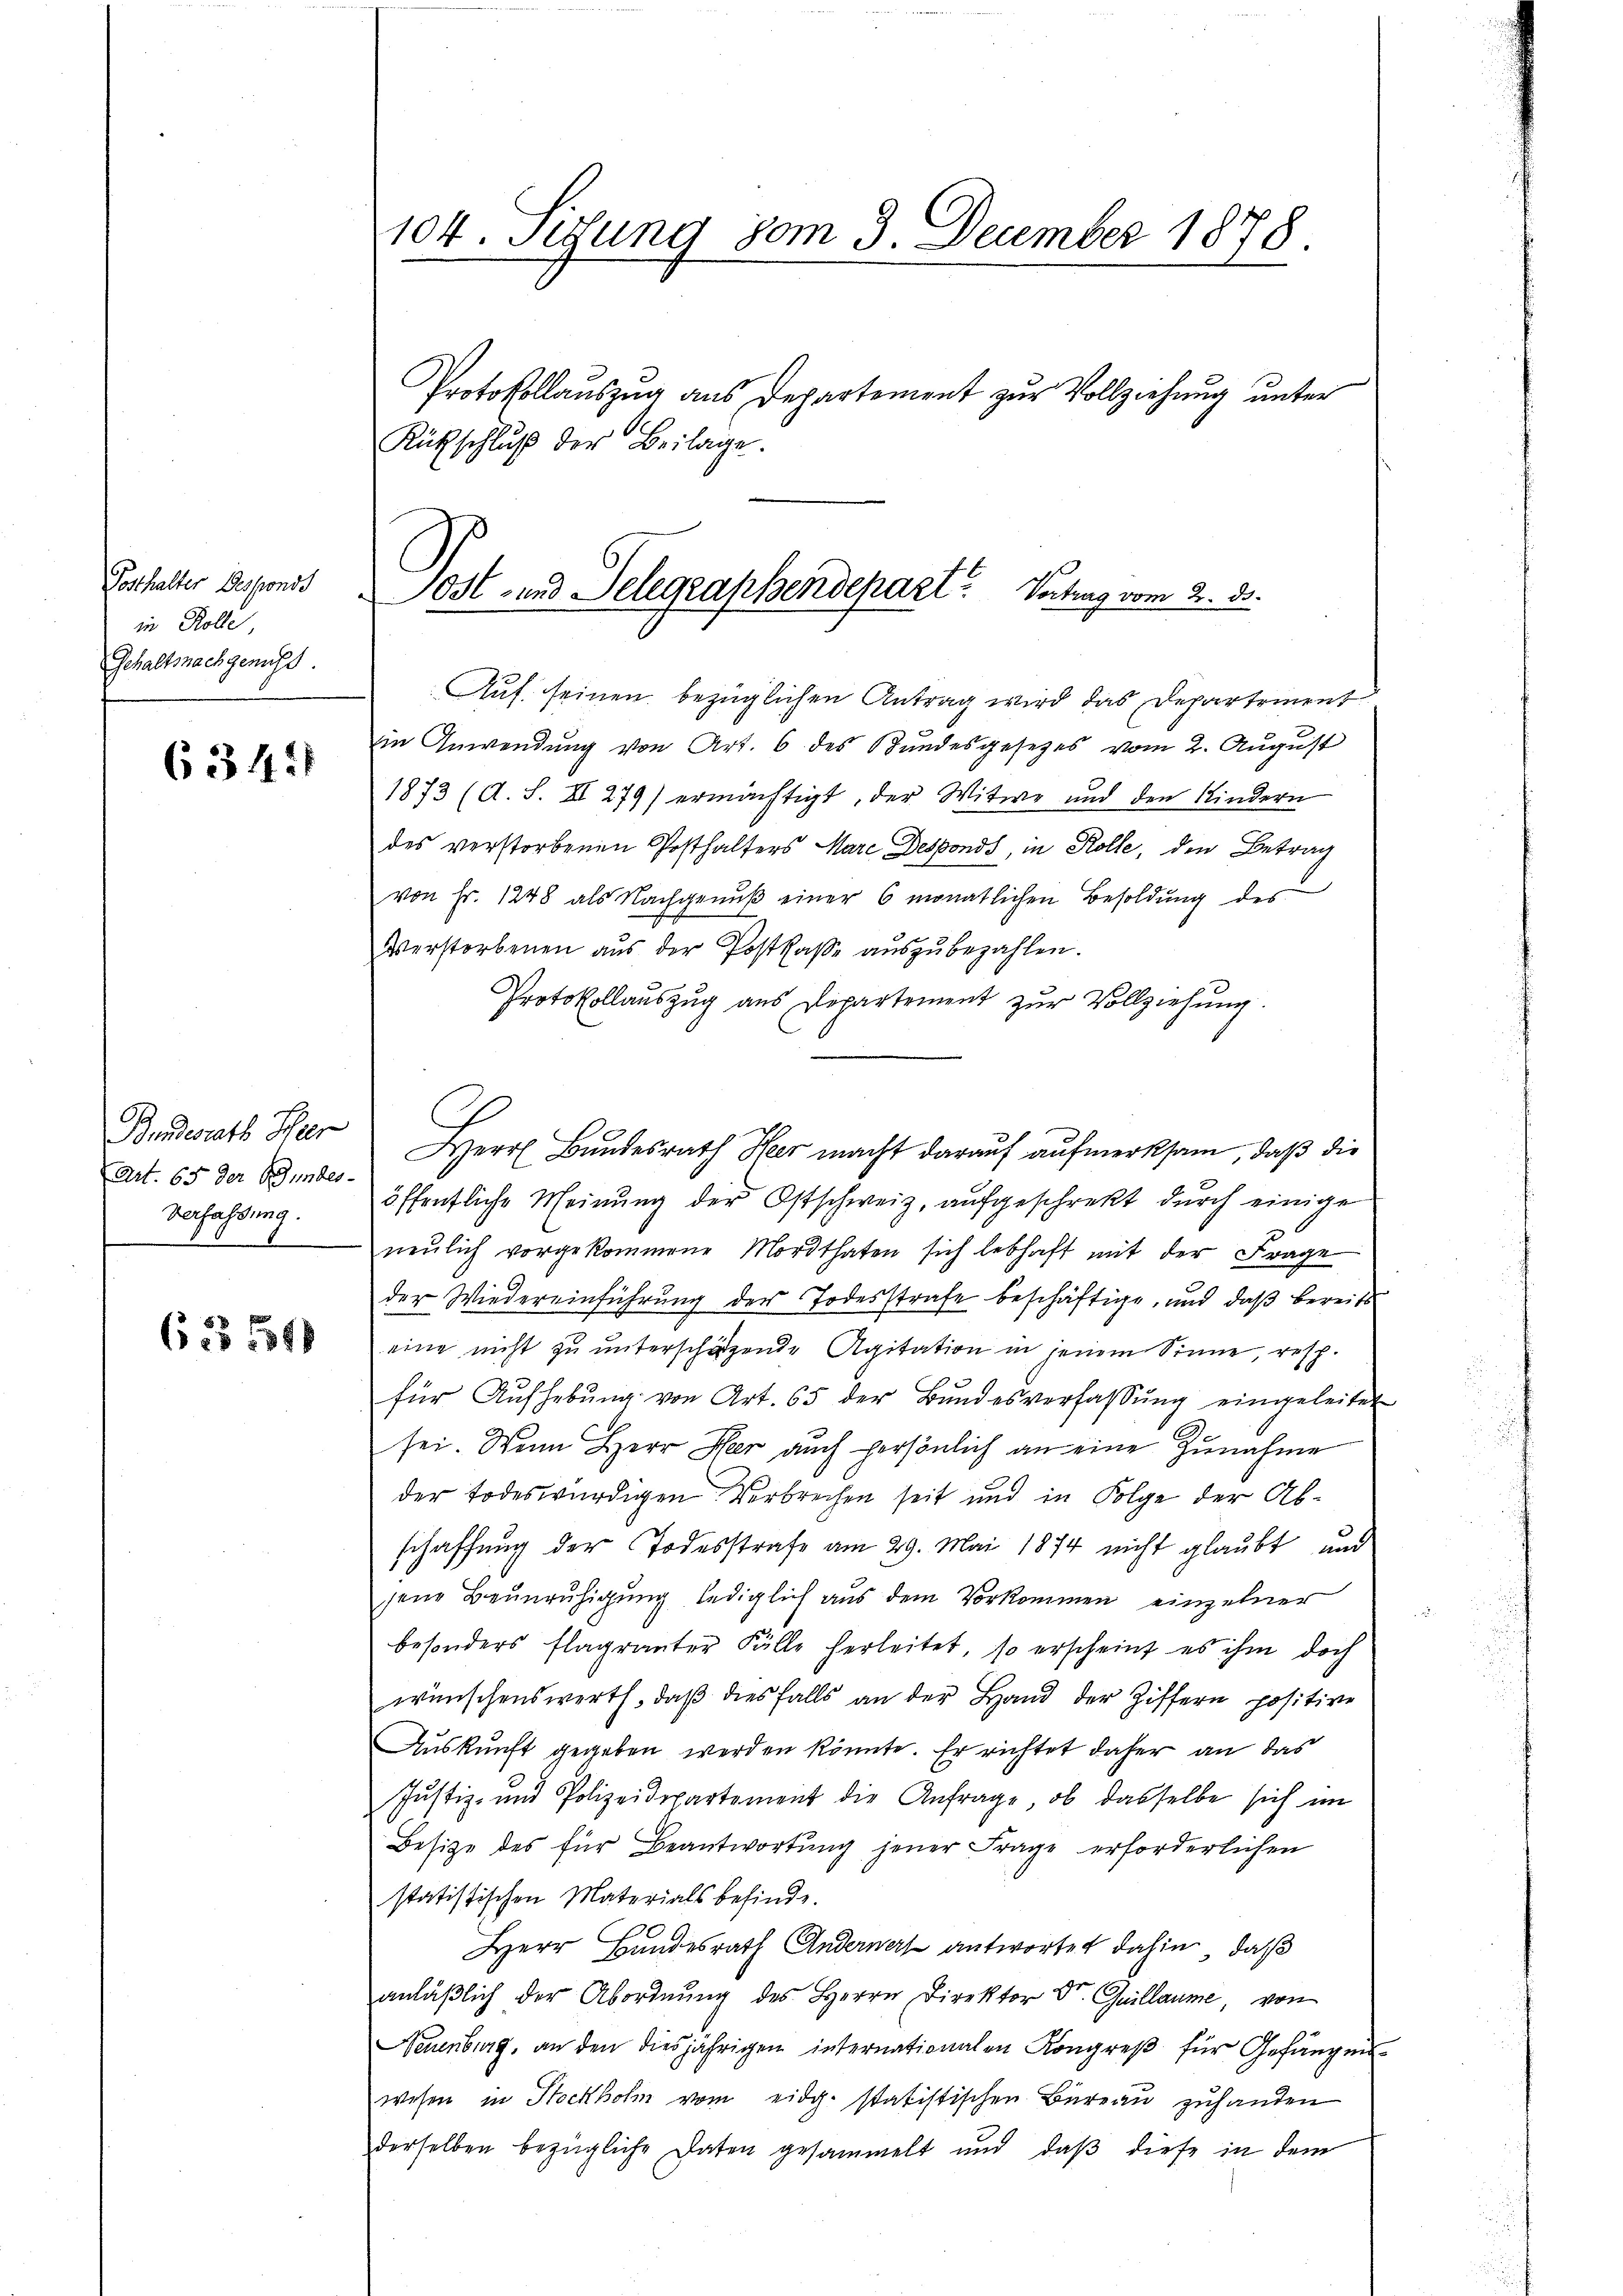
Posthalter Desponds
in Rolle
Gehaltsnachgenugt

6342)

Bundesrath Her
Art. 65 der Bundes-
Verfassung.

623 1890

104. Sigung vom 3. December 1878.
Protokollauszug aus Departement zur Vollziehung unter
Rütschluß der Beilage.

Auf seinen bezüglichen Antrag wird das Departement
in Anwendung von Art. 6 des Bundesgesetzes vom 2. August
1873 (d. S. II 279) ermächtigt, der Witwe und den Kindern
des verstorbenen Posthalters Mare Desponds, in Rolle, den Betrag
von Fr. 1248 als Nachgenuß einer 6 monatlichen Besoldung des
Verstorbenen aus der Postkasse auszubezahlen.
Protokollaŭszŭg aŭs Departement zŭr Vollziehŭng.
Herr Bundesrath Heer macht darauf aufmerksam, daß die
öffentliche Meinung der Ostschweiz, aufgeschrekt durch einige
neŭlich vorgekommene Mordthaten sich lebhaft mit der Frage
der Wiedereinführung der Todesstrafe beschäftige, und daß bereits
eine nicht zu unterschätzende Agitation in jenem Sinne, resp.
für Aŭfhebŭng von Art. 65 der Bŭndesverfassŭng eingeleitet
sei. Wenn Herr Heer auch persönlich an eine Zunahme
der Todeswürdigen Verbrechen seit und in Folge der Abschaffung der Todesstrafe am 29. Mai 1874 nicht glaubt und
jene Beunruhigung lediglich aus dem Vorkommen einzelner
besonders Flagranter Fälle herleitet, so erscheint es ihm doch
wünschenswerth, daß diesfalls an der Hand der Ziffern positive
Auskunft gegeben werden könnte. Er richtet daher an das
Justiz- und Polizeidepartement die Anfrage, ob dasselbe sich im
Besitze des für Beantwortŭng jener Frage erforderlichen
statistischen Materials befinde.
Herr Bundesrath Anderner antwortet dahin, daß
anläßlich der Abordnung des Herrn Direktor Dr. Guillaume, von
Neuenburg, an den diesjährigen internationalen Kongreß für Gefängen
wesen in Stockholm vom eidg. statistischen Bureau zuhanden
derselben bezügliche Daten gesammelt und daβ diese in dem

ost- und Delegraphendepart? Vortrag vom 2. ds.